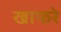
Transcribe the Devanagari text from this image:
खाफरे